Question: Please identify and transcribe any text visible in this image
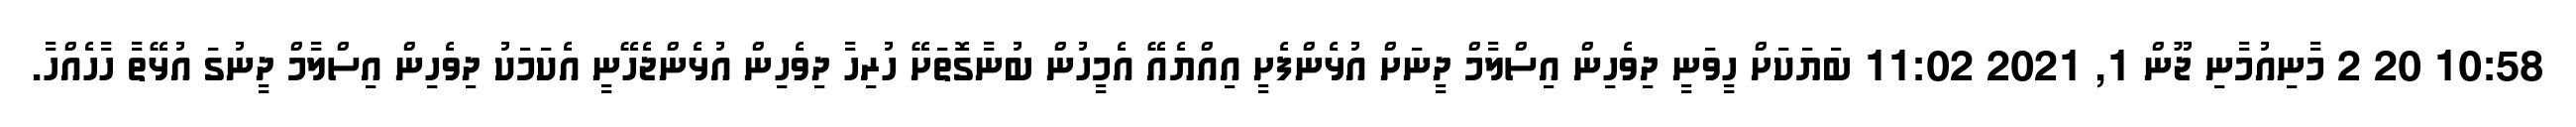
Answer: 10:58 20 2 މާނިއުމާނި ޖޫން 1, 2021 11:02 ބަޔަކަށް ހީވަނީ ދިވެހިން އިސްލާމް ދީނަށް އުޅެންފެށީ އިއްޔެއޭ އެމީހުން ބުނާގޮތަށޭ ހުރިހާ ދިވެހިން އުޅެންޖެހޭނީ އެކަމަކު ދިވެހިން އިސްލާމް ދީނުގަ އުޅޭތާ ހާހެއްހާ.